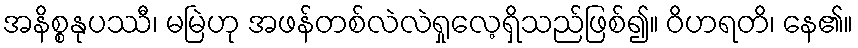
အနိစ္စနုပဿီ၊ မမြဲဟု အဖန်တစ်လဲလဲရှုလေ့ရှိသည်ဖြစ်၍။ ဝိဟရတိ၊ နေ၏။